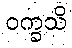
ဝက္ခသိ